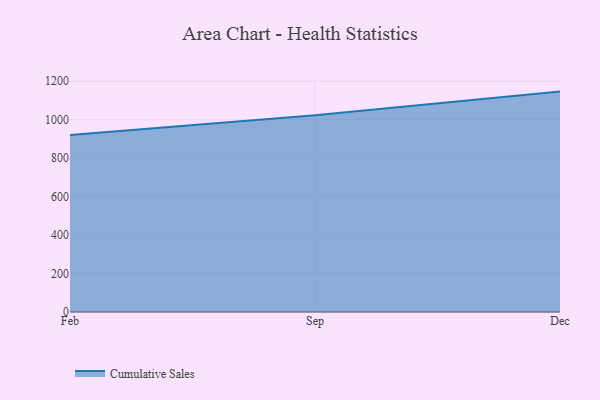
{"axis": {"x": "Month", "y": "LTV (USD)"}, "legend": ["Cumulative Sales"], "data": [{"x": "Feb", "y": 919.9, "type": "Cumulative Sales"}, {"x": "Sep", "y": 1022.7, "type": "Cumulative Sales"}, {"x": "Dec", "y": 1146.2, "type": "Cumulative Sales"}]}